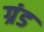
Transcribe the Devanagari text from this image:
ग्रंड